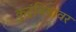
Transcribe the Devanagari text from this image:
कुटुंबियांवर